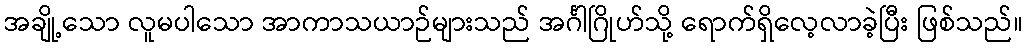
အချို့သော လူမပါသော အာကာသယာဉ်များသည် အင်္ဂါဂြိုဟ်သို့ ရောက်ရှိလေ့လာခဲ့ပြီး ဖြစ်သည်။